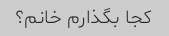
کجا بگذارم خانم؟